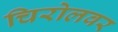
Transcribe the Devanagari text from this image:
चिरोलवर